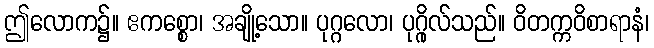
ဤလောက၌။ ဧကစ္စော၊ အချို့သော။ ပုဂ္ဂလော၊ ပုဂ္ဂိုလ်သည်။ ဝိတက္ကဝိစာရာနံ၊